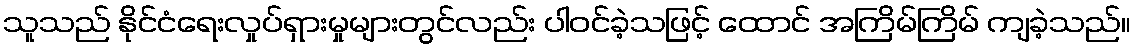
သူသည် နိုင်ငံရေးလှုပ်ရှားမှုများတွင်လည်း ပါဝင်ခဲ့သဖြင့် ထောင် အကြိမ်ကြိမ် ကျခဲ့သည်။